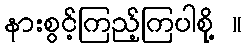
နားစွင့်ကြည့်ကြပါစို့ ။